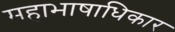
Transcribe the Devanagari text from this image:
महाभाषाधिकार